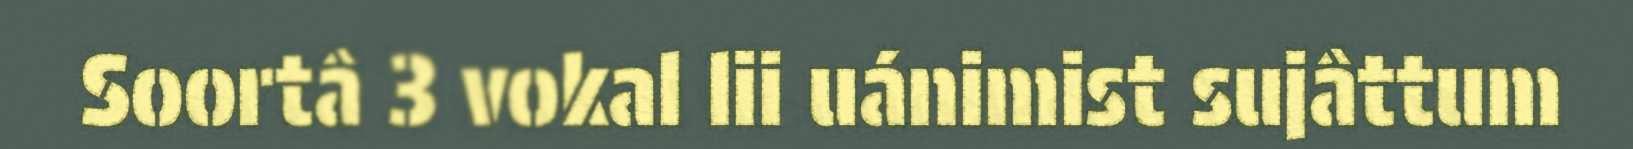
Soortâ 3 vokal lii uánimist sujâttum